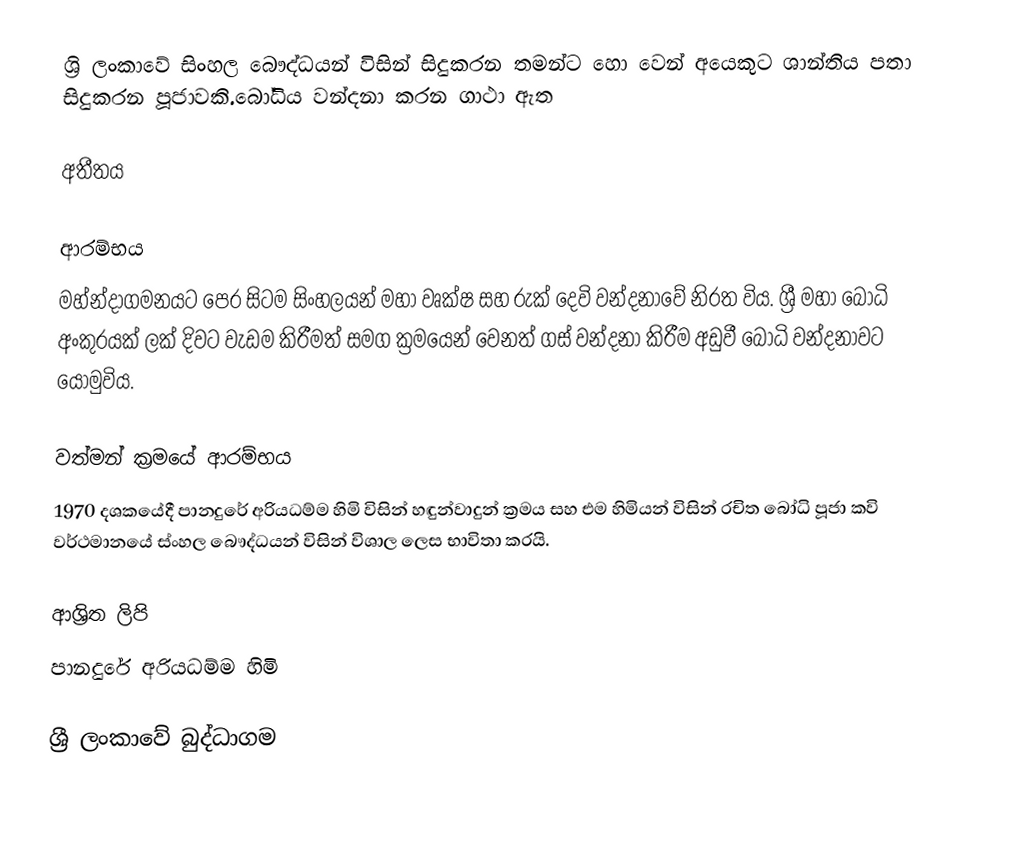
ශ්‍රි ලංකාවේ සිංහල බෞද්ධයන් විසින් සිදුකරන තමන්ට හො වෙන් අයෙකුට ශාන්තිය පතා සිදුකරන පූජාවකි.බෝධිය වන්දනා කරන ගාථා ඇත

අතීතය

ආරම්භය
මහ්න්දාගමනයට පෙර සිටම සිංහලයන් මහා වෘක්ෂ සහ රුක් දෙවි වන්දනාවේ නිරත විය. ශ්‍රී මහා බෝධි අංකුරයක් ලක් දිවට වැඩම කිරීමත් සමග ක්‍රමයෙන් වෙනත් ගස් වන්දනා කිරීම අඩුවී බෝධි වන්දනාවට යොමුවිය.

වත්මන් ක්‍රමයේ ආරම්භය
1970 දශකයේදී පානදුරේ අරියධම්ම හිමි විසින් හඳුන්වාදුන් ක්‍රමය සහ එම හිමියන් විසින් රචිත බෝධි පූජා කවි වර්ථමානයේ ස්ංහල බෞද්ධයන් විසින් විශාල ලෙස භාවිතා කරයි.

ආශ්‍රිත ලිපි
 පානදුරේ අරියධම්ම හිමි

ශ්‍රී ලංකාවේ බුද්ධාගම